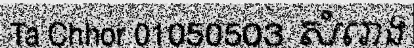
Ta Chhor 01050503 សំរោង